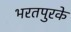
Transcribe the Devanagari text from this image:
भरतपुरके